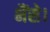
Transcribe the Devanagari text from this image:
भैंसे।